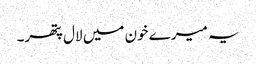
یہ میرے خون میں لال پتھر۔